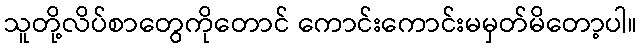
သူတို့လိပ်စာတွေကိုတောင် ကောင်းကောင်းမမှတ်မိတော့ပါ။